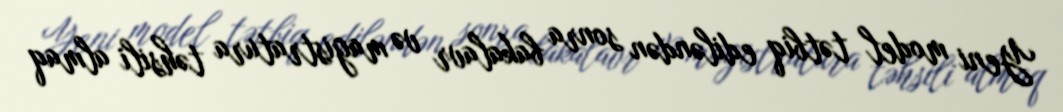
Yeni model tətbiq ediləndən sonra bakalavr və magistratura təhsili almaq